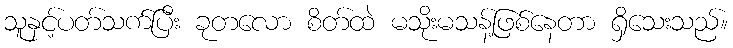
သူနှင့်ပတ်သက်ပြီး ခုတလော စိတ်ထဲ မသိုးမသန့်ဖြစ်နေတာ ရှိသေးသည်။